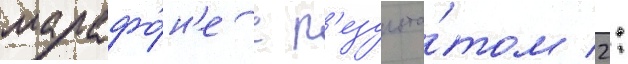
марафо́н'е с р'езульта́том 2: